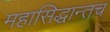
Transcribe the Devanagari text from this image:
महासिद्धान्तच